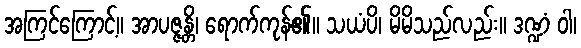
အကြင်ကြောင့်။ အာပဇ္ဇန္တိ၊ ရောက်ကုန်၏။ သယံပိ၊ မိမိသည်လည်း။ ဒဏ္ဍံ ဝါ၊